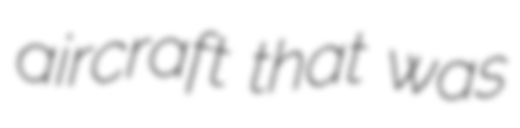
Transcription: aircraft that was